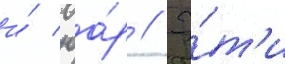
и́ юа́р // Э́т'и